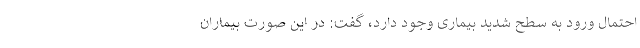
احتمال ورود به سطح شدید بیماری وجود دارد، گفت: در این صورت بیماران